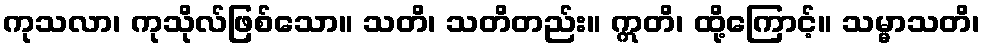
ကုသလာ၊ ကုသိုလ်ဖြစ်သော။ သတိ၊ သတိတည်း။ ဣတိ၊ ထို့ကြောင့်။ သမ္မာသတိ၊